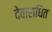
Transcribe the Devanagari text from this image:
देवाराधित